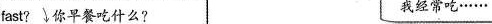
fast? 你早餐吃什么? 我经常吃……